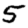
Digit: 5